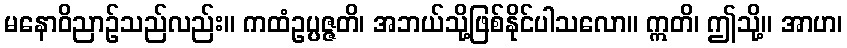
မနောဝိညာဉ်သည်လည်း။ ကထံဥပ္ပဇ္ဇတိ၊ အဘယ်သို့ဖြစ်နိုင်ပါသလော။ ဣတိ၊ ဤသို့။ အာဟ၊